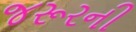
જરૂરની